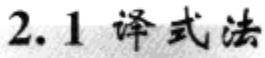
2.1 译式法